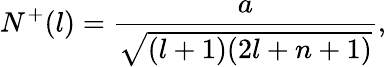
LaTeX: N^{+}(l)=\frac{a}{\sqrt{(l+1)(2l+n+1)}},